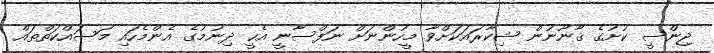
ޖިންސީ ކުށުގެ ޤާނޫނުން ޝިކާރައަކަށްވާ މީހުންނަށް ނަފްސާނީ އެހީ ދިނުމުގެ އެންމެހައި މަސައްކަތްތައް